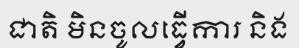
ជាតិ មិនចូលធ្វើការ និង